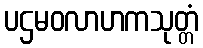
ပဌမဝလာဟကသုတ္တံ